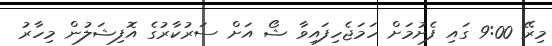
މިރޭ 9:00 ގައި ފެށުމަށް ހަމަޖެހިފައިވާ ޝޯ އަށް ސަރުކާރުގެ އޮފިޝަލުން މިހާރު